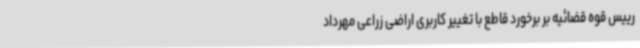
رییس قوه قضائیه بر برخورد قاطع با تغییر کاربری اراضی زراعی مهرداد